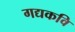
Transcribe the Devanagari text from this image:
गद्यकवि